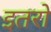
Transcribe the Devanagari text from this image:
इतरो